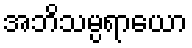
အဘိသမ္ပရာယော